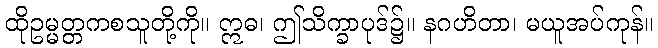
ထိုဥမ္မတ္တကစသူတို့ကို။ ဣဓ၊ ဤသိက္ခာပုဒ်၌။ နဂဟိတာ၊ မယူအပ်ကုန်။